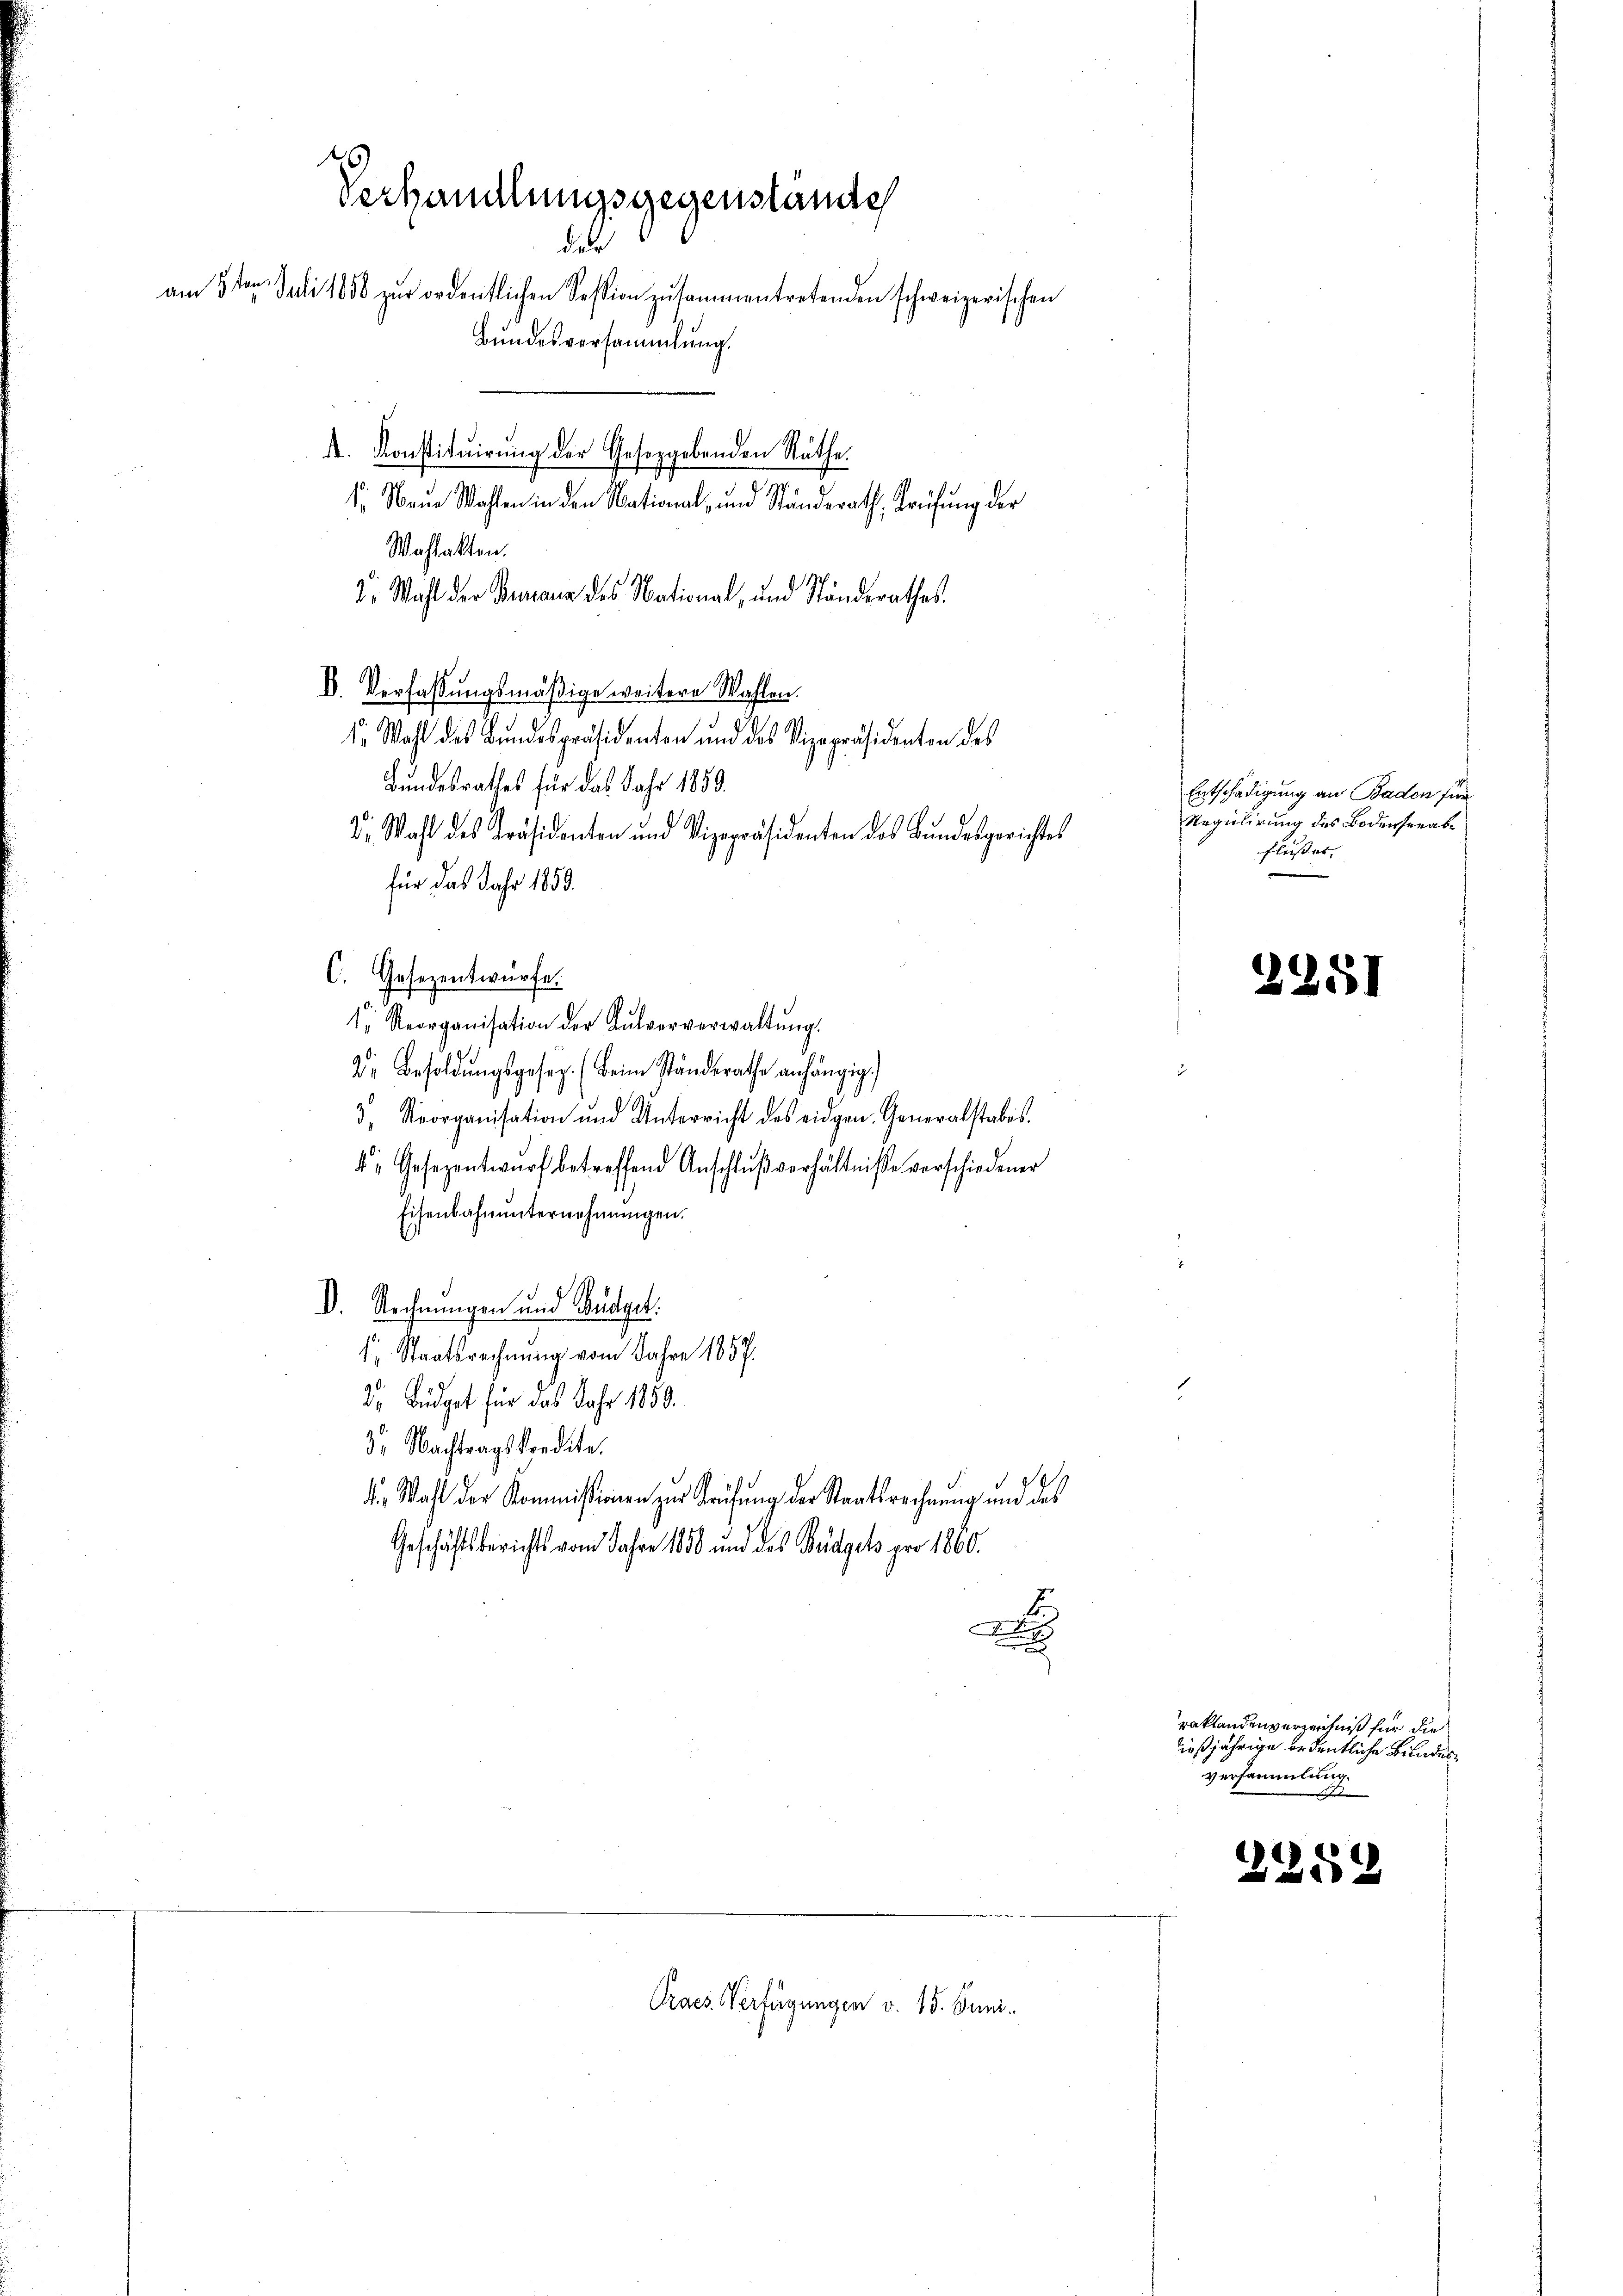
Verhandlungsgegenstande
der
am 5ten Juli 1858 zŭr ordentlichen Session zusammentretenden schweizerischen
Bŭndesversammlung.
A. Konstitŭirŭng der Gesetzgebenden Räthe.
s. Neue Wahlen in den National- und Ständerath, Prüfung der

Wahlakten.
d. Wahl der Biana des National, und Ständerathes.
D. Verfassungsmäßige weitere Wahlen.
se Wahl des Bundespräsidenten und des Vizepräsidenten des
Bundesrathes für das Jahr 1889.
D. Wahl des Präsidenten und Vizepräsidenten des Bundesgerichtes
für das Jahr 1859.
C. Gesezentwürfe.
1. Reorganisation der Aŭlververwaltŭng.
Dr. Besoldŭngsgesez. (Beim ständerathe anhängig.)
3. Strorganisation und Unterricht des eidgen. Generalstabes.
4. Gesezentwŭrf betreffend Anschlŭβ verhältnisse verschiedener
Eisenbahnunternehmungen.
V. Rechnungen und Bürget
 Staatsrechnung vom Jahre 1857.
. Büdget für das Jahr 1850.
3. Nachtragskredite.
d. Wahl der Kommissionen zur Prüfung der Staatsrechnung und des
Geschäftsberichts vom Jahre 1880 und das Büdgets pro 1860.
D

Praes. Verfügungen v. 18. Juni.

Entschädigung an Baden für
Regulirung des Bodensreabe
flußes. |

2251

raktandenverzeichniß für die
ießjährige ordentliche Bundesversammlung.
2

2289